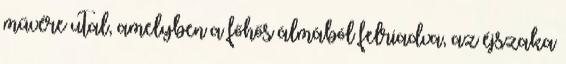
művére utal, amelyben a főhős álmából felriadva, az éjszaka